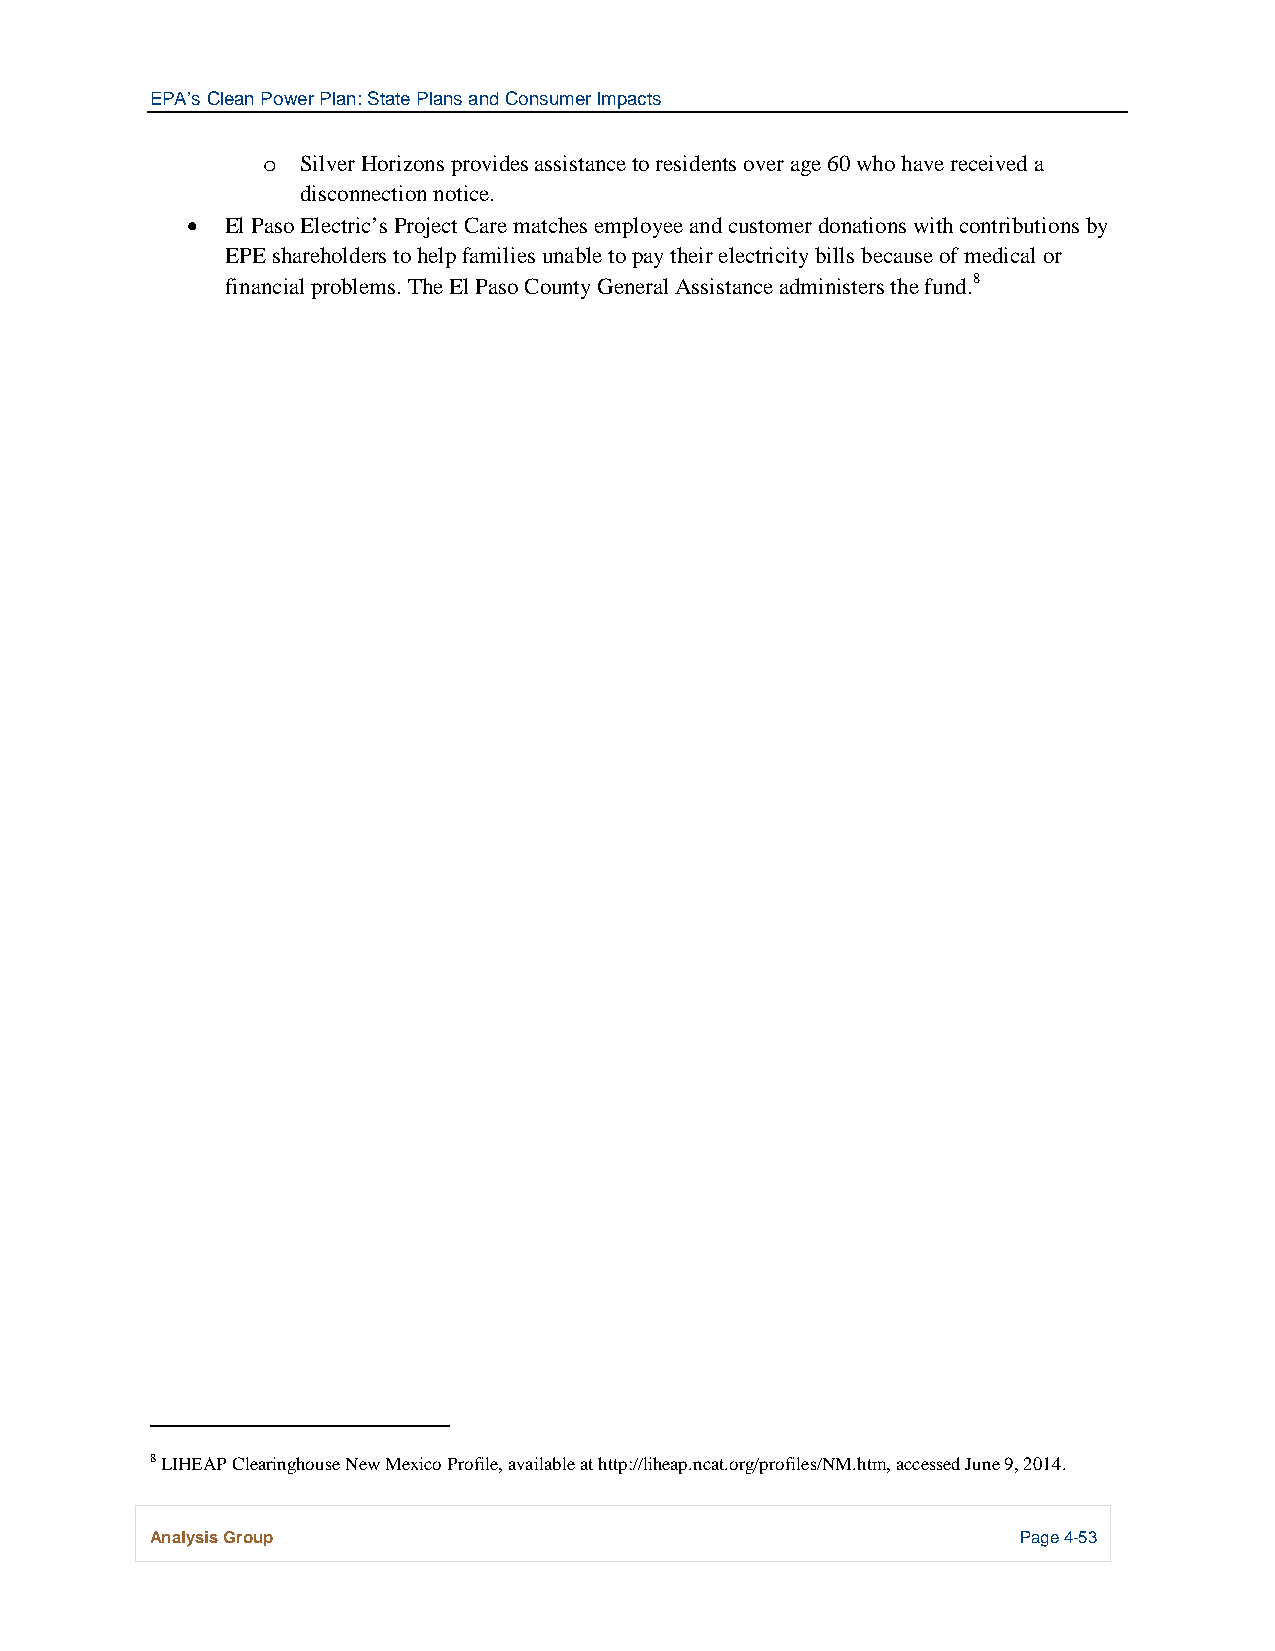
EPA’s Clean Power Plan: State Plans and Consumer Impacts
 Silver Horizons provides assistance to residents over age 60 who have received a
 o
 disconnection notice.
 •  El Paso Electric’s Project Care matches employee and customer donations with contributions by
 EPE shareholders to help families unable to pay their electricity bills because of medical or
 financial problems. The El Paso County General Assistance administers the fund.8
 8 LIHEAP Clearinghouse New Mexico Profile, available at http://liheap.ncat.org/profiles/NM.htm, accessed June 9, 2014.
 Analysis Group                                            Page 4-53